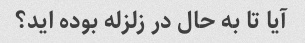
آیا تا به حال در زلزله بوده اید؟